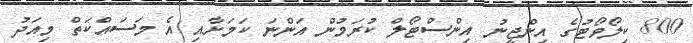
800 ކިލޯވޯޓުގެ އިންޖީނު އިންސްޓޯލް ކުރަމުން އަންނަ ކަމަށާއި އެ މަސައްކަތް މިއަދު